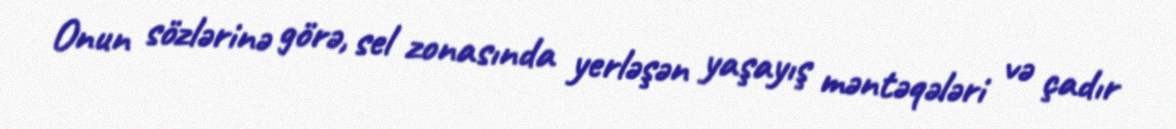
Onun sözlərinə görə, sel zonasında yerləşən yaşayış məntəqələri və çadır